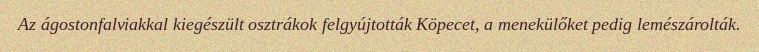
Az ágostonfalviakkal kiegészült osztrákok felgyújtották Köpecet, a menekülőket pedig lemészárolták.